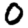
Digit: 0